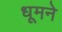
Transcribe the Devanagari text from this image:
धूमने